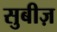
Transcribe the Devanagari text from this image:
सुबीज़